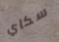
سكاي